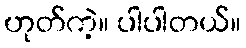
ဟုတ်ကဲ့။ ပါပါတယ်။